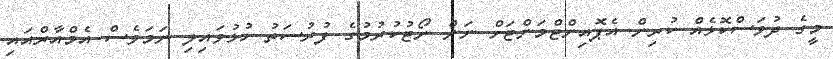
މީގެ ދުވަސްކޮޅެއް ކުރިން އެޕޮއިންޓްމަންޓަށް ނަން ނޯޓުކުރުމުގެ ފުރުސަތު ހުޅުވައިލި ނަމަވެސް އެމްއާރްއައި